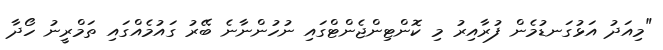
"މިއަދު އަޅުގަނޑުމެން ފުރާއިރު މި ކޮންޓިންޖެންޓްގައި ނުހުންނާނެ ބޭރު ގައުމެއްގައި ތަމްރީނު ހޯދާ